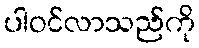
ပါဝင်လာသည်ကို